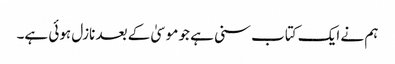
ہم نے ایک کتاب سنی ہے جو موسیٰ کے بعد نازل ہوئی ہے۔